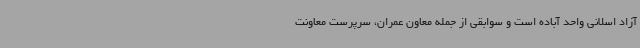
آزاد اسلانی واحد آباده است و سوابقی از جمله معاون عمران، سرپرست معاونت